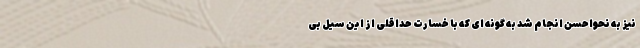
نیز به نحواحسن انجام شد به گونه ای که با خسارت حداقلی از این سیل بی